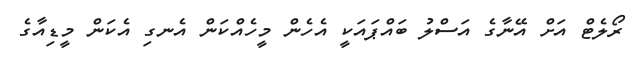
ރޯލެޓް އަށް އޭނާގެ އަސްލު ބައްޕައަކީ އެހެން މީހެއްކަން އެނގި އެކަން މީޑިއާގެ